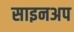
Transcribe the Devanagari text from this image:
साइनअप